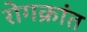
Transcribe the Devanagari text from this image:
रोगक्रांत